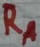
Text: RA